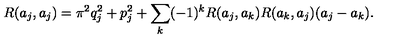
R ( a _ { j } , a _ { j } ) = \pi ^ { 2 } q _ { j } ^ { 2 } + p _ { j } ^ { 2 } + \sum _ { k } ( - 1 ) ^ { k } R ( a _ { j } , a _ { k } ) R ( a _ { k } , a _ { j } ) ( a _ { j } - a _ { k } ) .